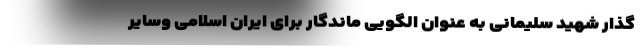
گذار شهید سلیمانی به عنوان الگویی ماندگار برای ایران اسلامی وسایر